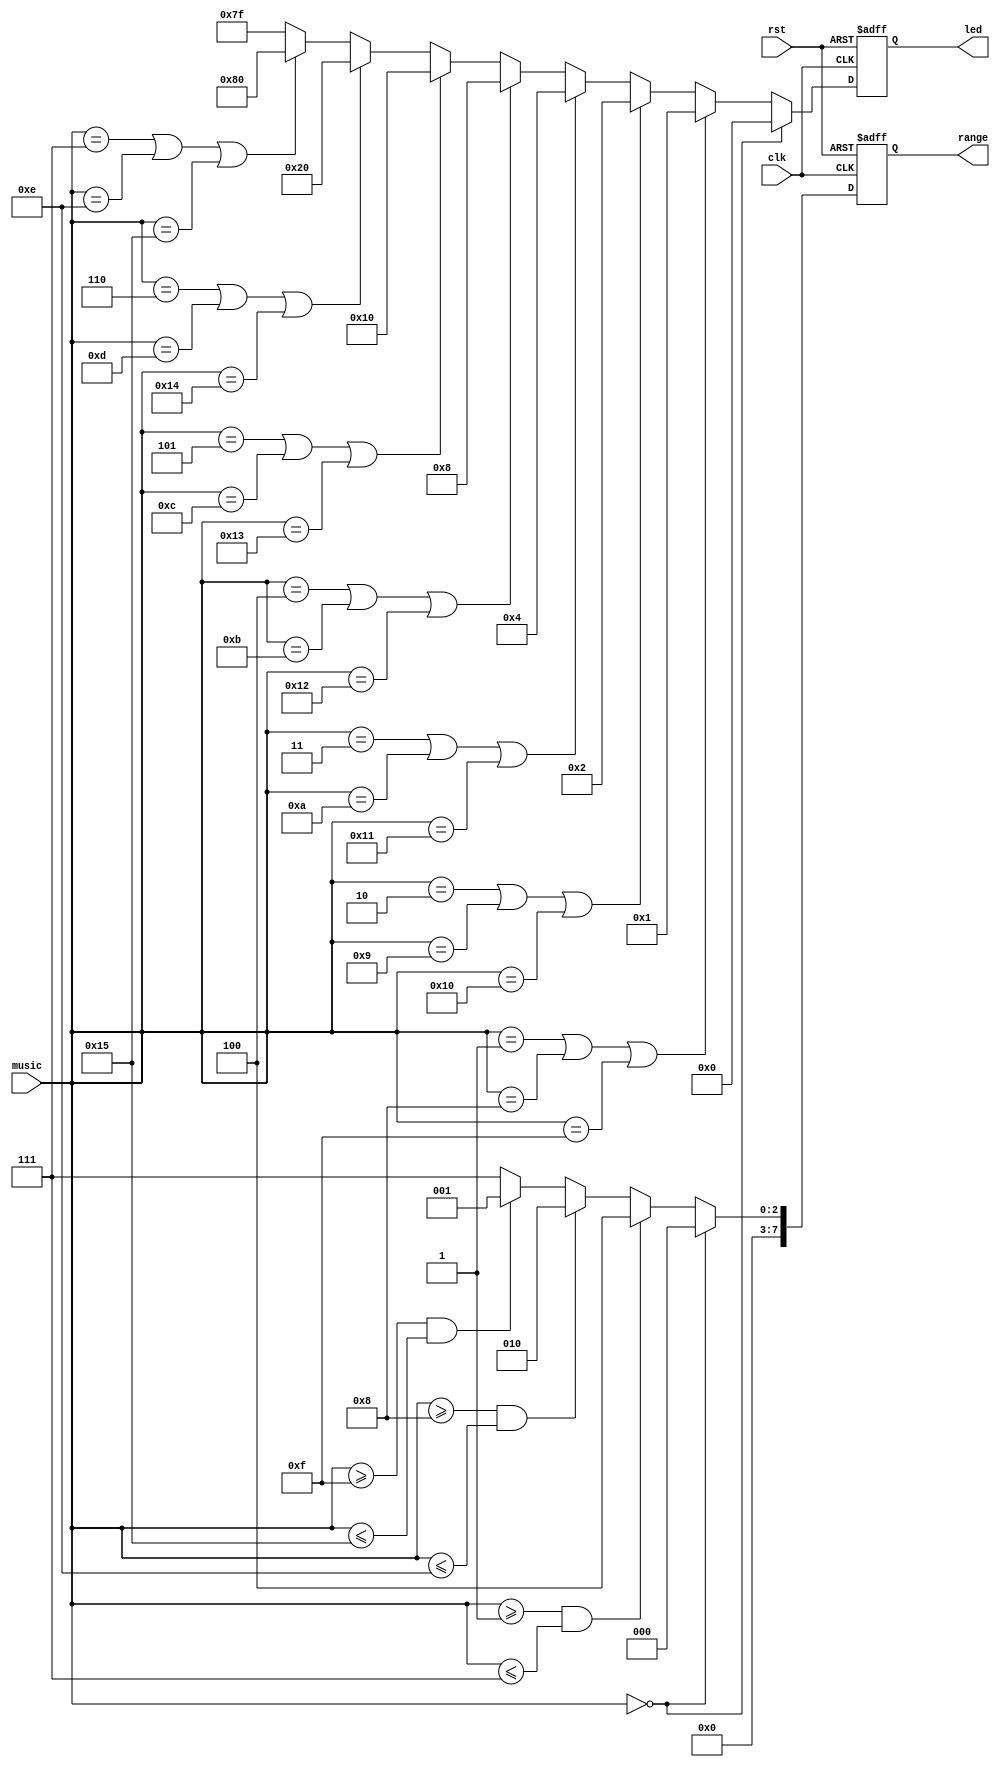
`timescale 1ns / 1ps
//////////////////////////////////////////////////////////////////////////////////
// Company: 
// Engineer: 
// 
// Design Name: 
// Module Name: autoplay_led
// Project Name: 
// Target Devices: 
// Tool Versions: 
// Description: 
// 
// Dependencies: 
// 
// Revision:
// Revision 0.01 - File Created
// Additional Comments:
// 
//////////////////////////////////////////////////////////////////////////////////


module autoplay_led(
    input clk, rst,
    input [4:0]music,
    output reg [7:0] led,
    output reg [7:0] range
    );
    
    always@(posedge clk, negedge rst) begin
        if(~rst) begin
            range <= 0;
        end else if(music == 0) begin
            range <= 0;
        end else if(music >= 1 && music <= 7)begin
            range <= 8'b0000_0100;
        end else if(music >= 8 && music <= 14) begin
            range <= 8'b0000_0010;
        end else if(music >= 15 && music <= 21) begin
            range <= 8'b0000_0001;
        end else begin
            range <= 8'b0000_0111;
        end
    end
    
    
    always @(posedge clk, negedge rst) begin
        if(~rst) begin
            led <= 0;
        end else if(music == 0) begin
            led <= 8'b00000_000;
        end else if( music == 1 | music == 8 | music == 15) begin
            led <= 8'b0000_0001;
        end else if( music == 2 | music == 9 | music == 16) begin
            led <= 8'b0000_0010;
        end else if( music == 3 | music == 10 | music == 17) begin
            led <= 8'b0000_0100;
        end else if( music == 4 | music == 11 | music == 18) begin
            led <= 8'b0000_1000;
        end else if( music == 5 | music == 12 | music == 19) begin
            led <= 8'b0001_0000;
        end else if( music == 6 | music == 13 | music == 20) begin
            led <= 8'b0010_0000;
        end else if( music == 7 | music == 14 | music == 21) begin
            led <= 8'b1000_0000;
        end else 
            led <= 8'b01111_111;
    end
endmodule